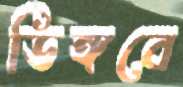
ডিঙ্গবে